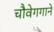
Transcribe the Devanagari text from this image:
चौवेगगाने